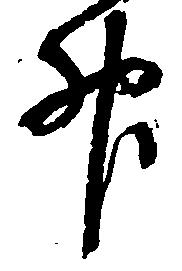
升